Lunatic asylums Central Provinces reports 1895-1909 - 1895-1909
Year: 1895
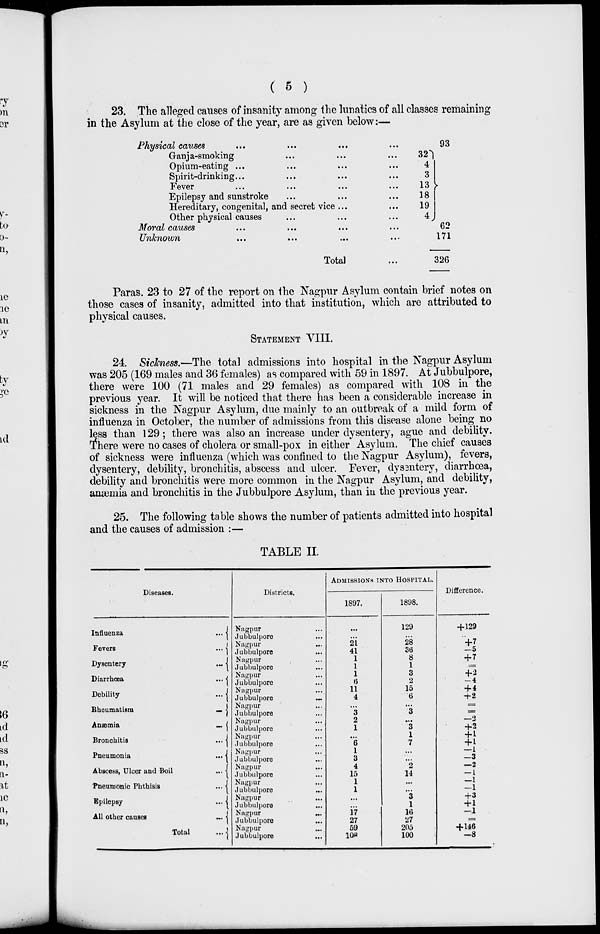
( 5 )
23. The alleged causes of insanity among the lunatics of all classes remaining
in the Asylum at the close of the year, are as given below:—
Physical causes
...
...
...
...
Ganja-smoking ... ... ...
Opium-eating ... ... ... ...
Spirit-drinking ... ... ... ...
Fever ... ... ... ...
Epilepsy and sunstroke ... ... ...
Hereditary, congenital, and secret vice ... ...
Other physical causes ... ... ...
Moral causes ... ... ... ...
Unknown ... ... ... ...
Total ...
32
4
3
13
18
19
4
93
62
171
326
Paras. 23 to 27 of the report on the Nagpur Asylum contain brief notes on
those cases of insanity, admitted into that institution, which are attributed to
physical causes.
STATEMENT VIII.
24. Sickness.—The total admissions into hospital in the Nagpur Asylum
was 205 (169 males and 36 females) as compared with 59 in 1897. At Jubbulpore,
there were 100 (71 males and 29 females) as compared with 108 in the
previous year. It will be noticed that there has been a considerable increase in
sickness in the Nagpur Asylum, due mainly to an outbreak of a mild form of
influenza in October, the number of admissions from this disease alone being no
less than 129; there was also an increase under dysentery, ague and debility.
There were no cases of cholera or small-pox in either Asylum. The chief causes
of sickness were influenza (which was confined to the Nagpur Asylum), fevers,
dysentery, debility, bronchitis, abscess and ulcer. Fever, dysentery, diarrhoea,
debility and bronchitis were more common in the Nagpur Asylum, and debility,
anæmia and bronchitis in the Jubbulpore Asylum, than in the previous year.
25. The following table shows the number of patients admitted into hospital
and the causes of admission :—
TABLE II.
Diseases.
Influenza ...
Fevers ...
Dysentery ...
Diarrhœa ...
Debility ...
Bheumatism ...
Anæmia ...
Bronchitis ...
Pneumonia ...
Abscess, Ulcer and Boil ...
Pneumonic Phthisis ...
Epilepsy ...
All other causes ...
Total ...
Districts.
Nagpur ...
Jubbulpore ...
Nagpur ...
Jubbulpore ...
Nagpur ...
Jubbulpore ...
Nagpur ...
Jubbulpore ...
Nagpur ...
Jubbulpore
...
Nagpur ...
Jubbulpore ...
Nagpur ...
Jubbulpore ...
Nagpur ...
Jubbulpore ...
Nagpur ...
Jubbulpore ...
Nagpur ...
Jubbulpore ...
Nagpur ...
Jubbulpore ...
Nagpur ...
Jubbulpore ...
Nagpur ...
Jubbulpore ...
Nagpur ...
Jubbulpore ...
ADMISSIONS INTO HOSPITAL.
1897.
...
...
21
41
1
1
1
6
11
4
...
3
2
1
...
6
1
3
4
15
1
1
...
...
17
27
59
108
1898.
129
...
28
36
8
1
3
2
15
6
...
3
...
3
1
7
...
...
2
14
...
...
3
1
16
27
205
100
Difference.
+129
...
+7
—5
+7
=
+2
—4
+ 4
+2
=
=
—2
+2
+1
+1
—1
—3
—2
— 1
—1
—1
+3
+ 1
—1
=
+146
—8